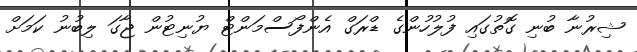
ޝިރުނާ ބުނި ގޮތުގައި ފުލުހުންގެ ޑްރަގް އެންފޯސްމަންޓް ޔުނިޓުން ޖާގަ ލިބުނު ކަމަށް